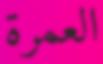
العمرة